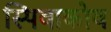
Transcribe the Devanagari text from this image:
स्पिवाकोव